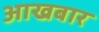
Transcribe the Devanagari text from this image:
आखबार